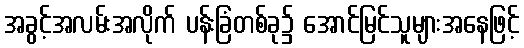
အခွင့်အလမ်းအလိုက် ပန်းခြံတစ်ခု၌ အောင်မြင်သူများအနေဖြင့်